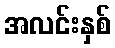
အလင်းနှစ်